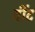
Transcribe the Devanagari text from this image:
वींट